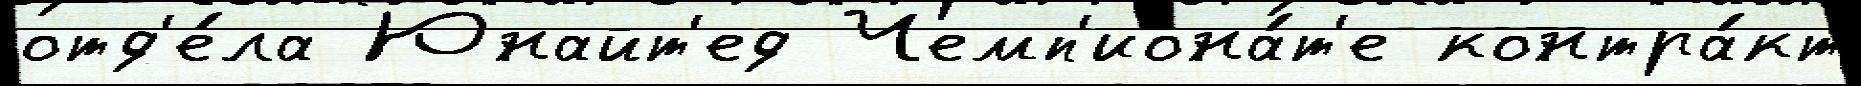
отд'е́ла Юнайт'ед Чемп'иона́т'е контра́кт